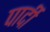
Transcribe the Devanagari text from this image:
पार्दी